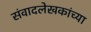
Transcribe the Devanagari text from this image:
संवादलेखकांच्या